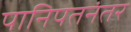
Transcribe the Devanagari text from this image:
पानिपतनंतर